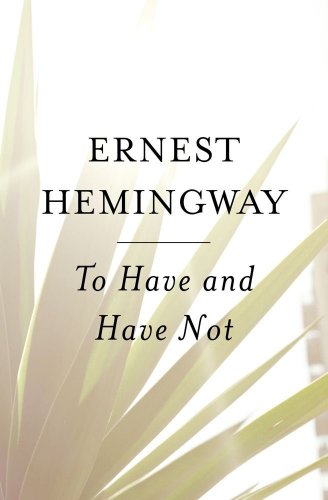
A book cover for To Have and Have Not; Ernest Hemingway; Literature & Fiction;